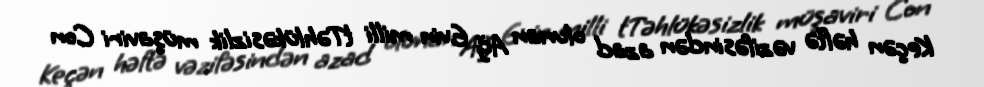
Keçən həftə vəzifəsindən azad olunan Ağ Evin milli tTəhlükəsizlik müşaviri Con